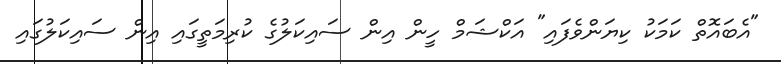
"އެބައޮތް ކަމަކު ކިޔަންވެފައި" އަކްޝަމް ހީން އިން ސައިކަލުގެ ކުރިމަތީގައި އިން ސައިކަލުގައި